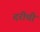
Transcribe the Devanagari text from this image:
दरीची